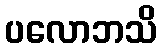
ပလောဘသိ